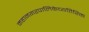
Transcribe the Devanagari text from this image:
महानगरपालिकेव्यतिरिक्त